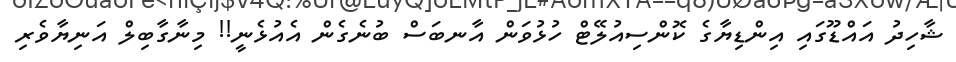
ޝާހިދު އައްޑޫގައި އިންޑިޔާގެ ކޮންސިއުލޭޓް ހުޅުވަން އާނބަސް ބުނެގެން އެއުޅެނީ!! މިނާގާބިލް އަނިޔާވެރި